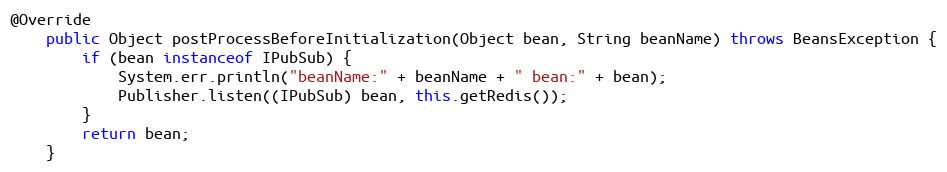
Language: Java
@Override
	public Object postProcessBeforeInitialization(Object bean, String beanName) throws BeansException {
		if (bean instanceof IPubSub) {
			System.err.println("beanName:" + beanName + " bean:" + bean);
			Publisher.listen((IPubSub) bean, this.getRedis());
		}
		return bean;
	}